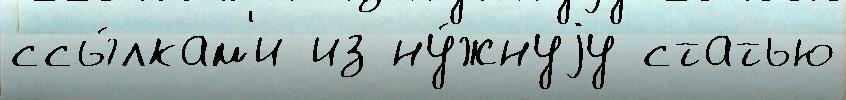
ссы́лкам'и из ну́жнуjу статью